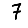
Digit: 7